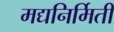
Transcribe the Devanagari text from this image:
मद्यनिर्मिती